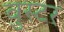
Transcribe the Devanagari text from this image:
वुस्टर